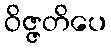
ဝိဇ္ဇတိပေ